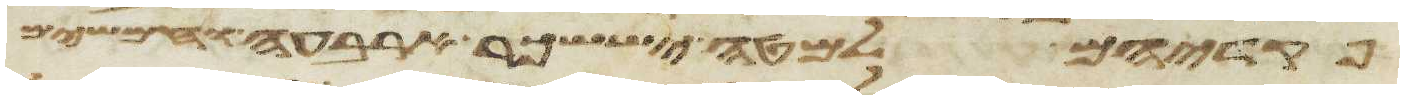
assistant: פקדיהם למטה יששכר ארבעה וחמשים